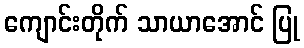
ကျောင်းတိုက် သာယာအောင် ပြု